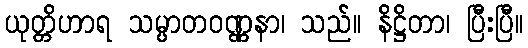
ယုတ္တိဟာရ သမ္ပာတဝဏ္ဏနာ၊ သည်။ နိဋ္ဌိတာ၊ ပြီးပြီ။